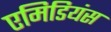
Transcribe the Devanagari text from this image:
एमिडियंस